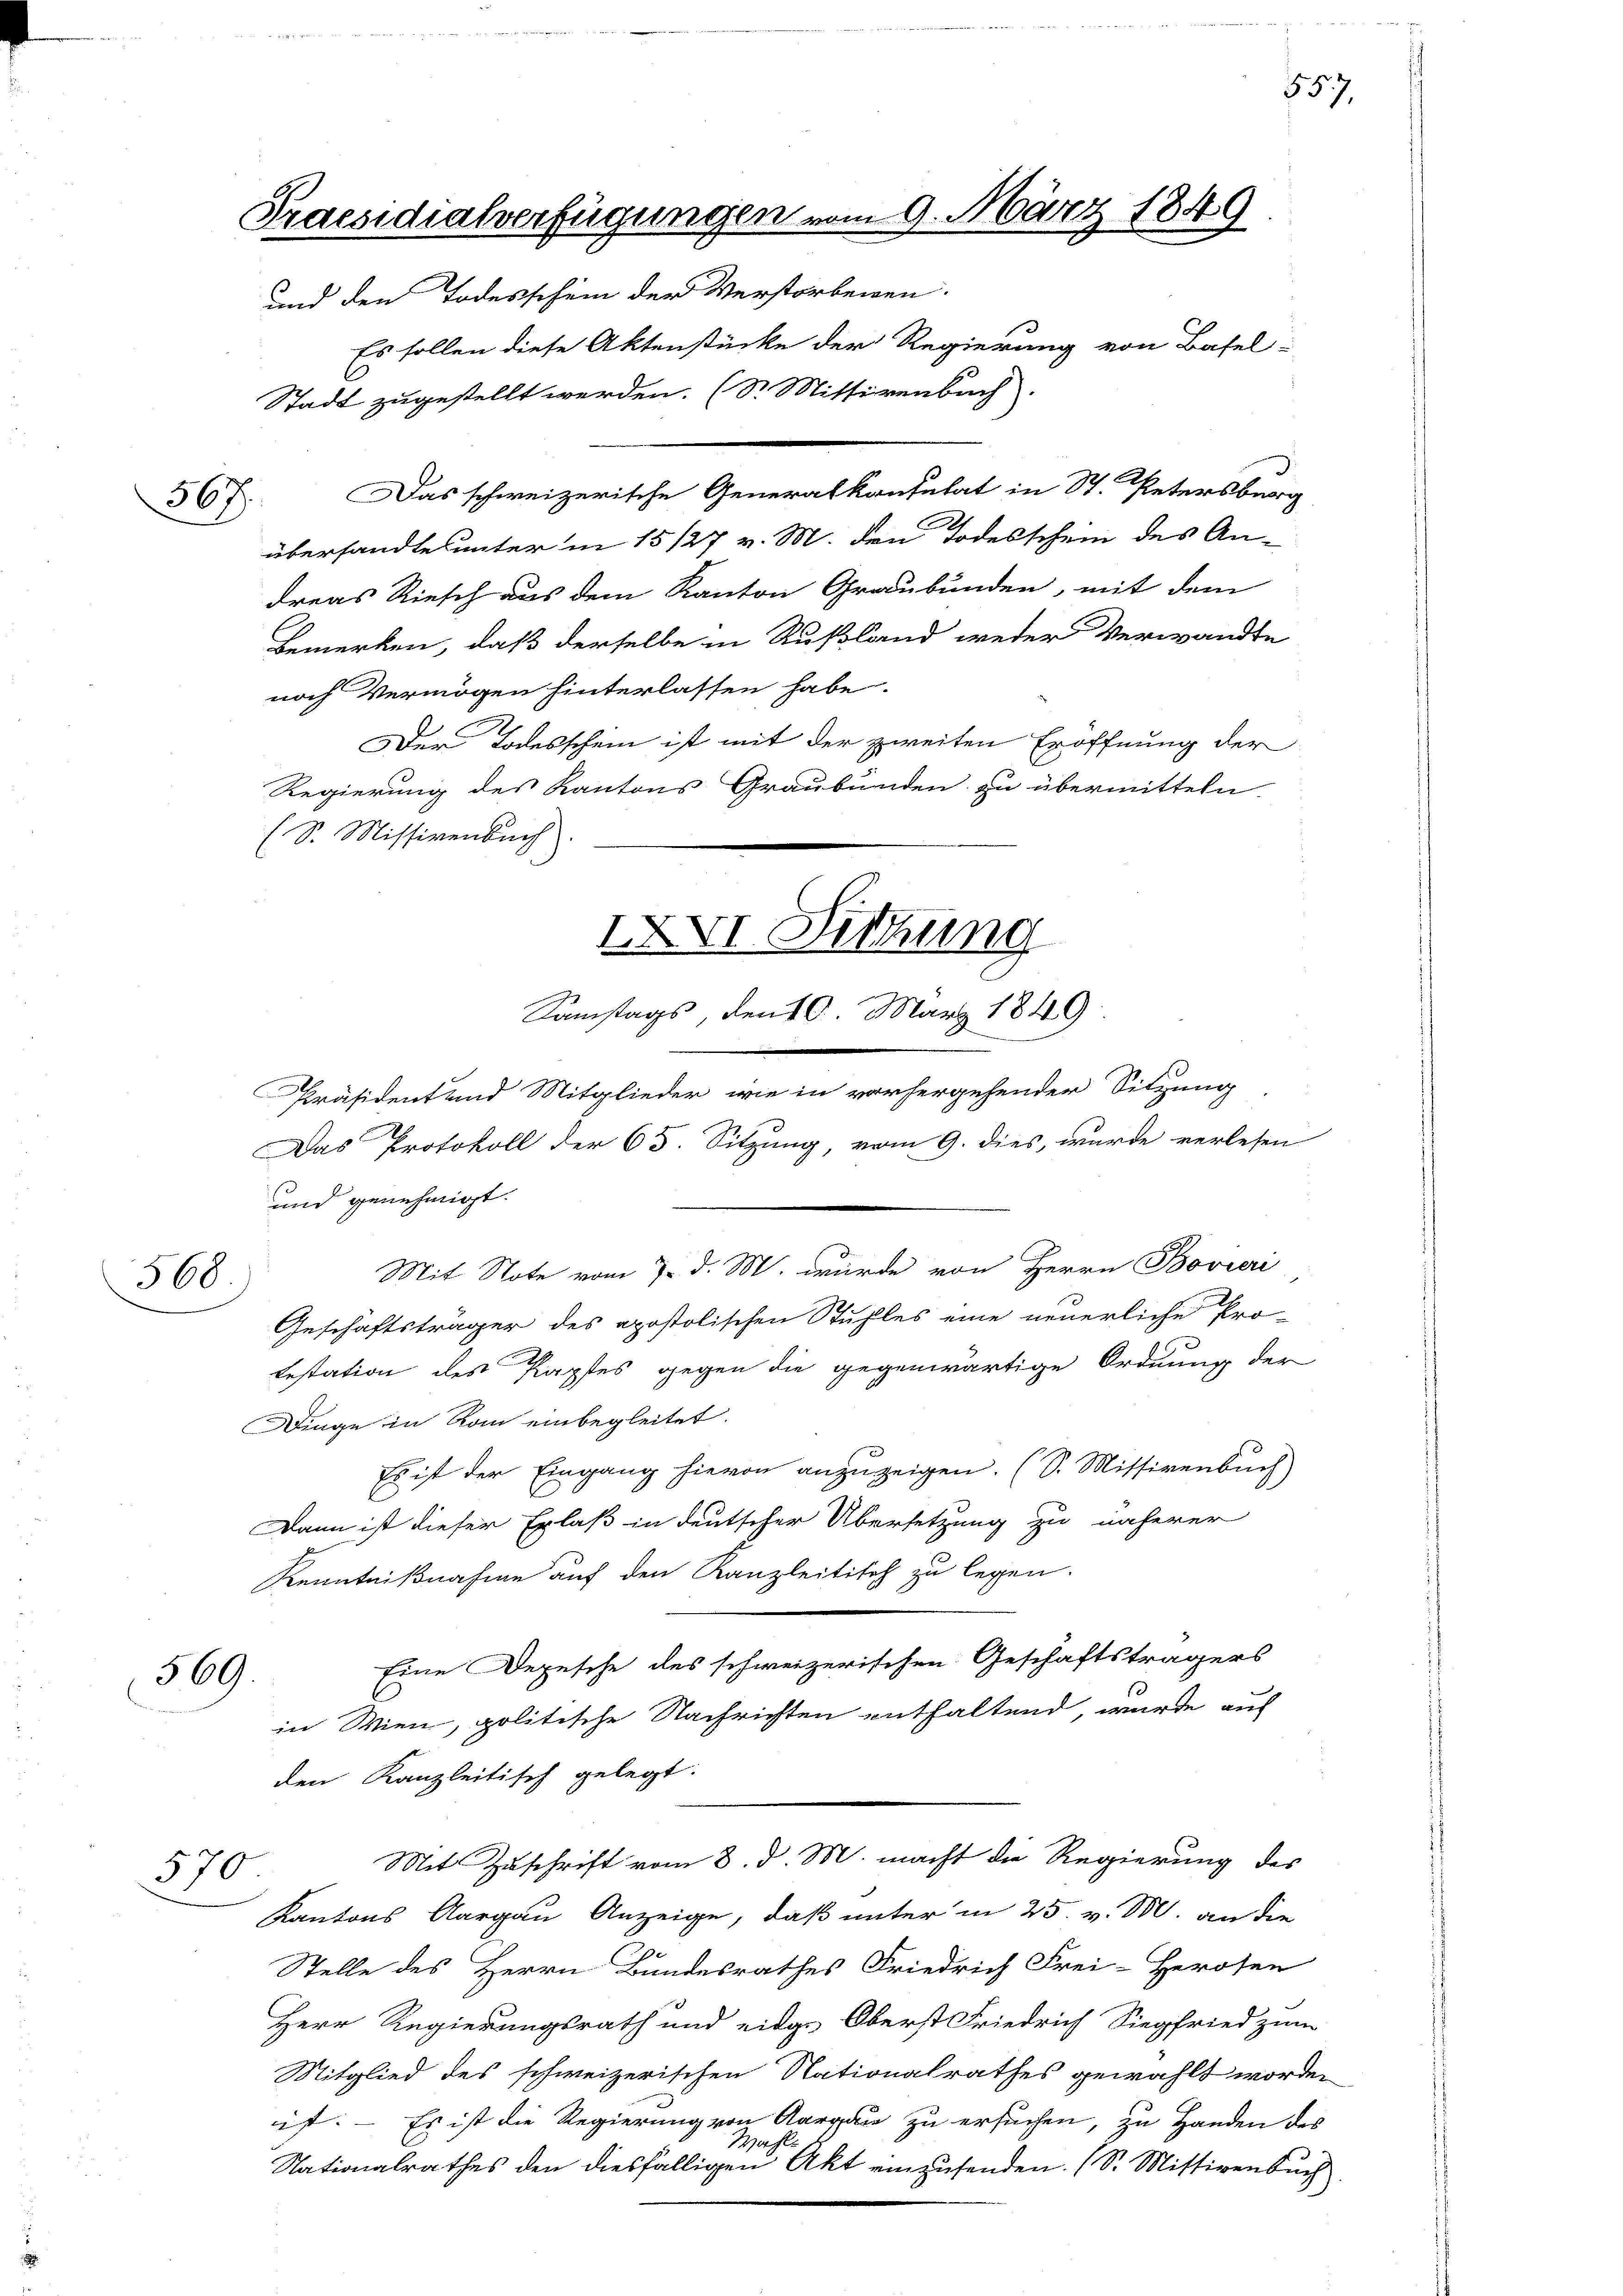
367.

568

569.

Es sollen diese Aktenstücke der Regierung von Basel-
Stadt zugestellt werden. (S. Mittirenbach.
Das schweizerische Generalkontulat in St. Petersberg
übersandte unter in 15 127 v. M. den Todesschein des An-
dreas Riesch aus dem Kanton Graubünden, mit dem
Bemerken, daß derselbe in Rußland weder Verwandte
noch Vermögen hinterlassen habe.
Der Todesschein ist mit der zweiten Eröffnung der
Regierung des Kantons Graubünden zu übermitteln
(S. Missivenbach.
und genehmigt.
Mit Note vom 7. d. M. wurde von Herrn Bovieri
Geschäftsträger des apostolischen Stuhles eine neuerliche Pro-
lestation des Papstes gegen die gegenwärtige Ordnung der
Dinge in Rom einbegleitet.
Es ist der Eingang hievon anzuzeigen. (S. Missivenbuch)
Dann ist dieser Erlaß in deutscher Übersetzung zu näherer
Kenntnißnahme auf den Kanzleitisch zu legen.
Eine Depesche des schweizerischen Geschäftsträgers
1
in Wien, politische Nachrichten enthaltend, wurde aus
den Kanzleitisch gelegt.
Mit Zuschrift vom 8. d. M. macht die Regierung des
570
Kantons Aargau Anzeige, daß unter in 25. v. M. an die
Stelle des Herrn Bundesrathes Friedrich Frei-Herosen
Herr Regierungsrath und eidge Oberst Friedrich Siegfried zum
Mitglied des schweizerischen Nationalrathes gewählt worden
ist. – Es ist die Regierung von Aargau zu ersuchen, zu Handen des
Wahl.
Nationalrathes den diesfälligen Akt einzusenden. (S. Mittirenbuch.

Praesidialverfügungen vom 9. März 1849
und den Todesschein der Verstorbenen.

XXI Sitzung
Samstags, den 10. März 1849
d
Präsident und Mitglieder wie in vorhergehender Sitzung
Das Protokoll der 65. Sitzung, vom 9. dies, wurde verlesen

557.